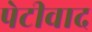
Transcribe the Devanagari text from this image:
पेटीवाद